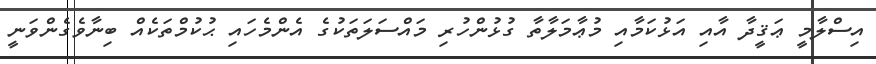
އިސްލާމީ ޢަޤީދާ އާއި އަޅުކަމާއި މުޢާމަލާތާ ގުޅުންހުރި މައްސަލަތަކުގެ އެންމެހައި ޙުކުމްތަކެއް ބިނާވެގެންވަނީ